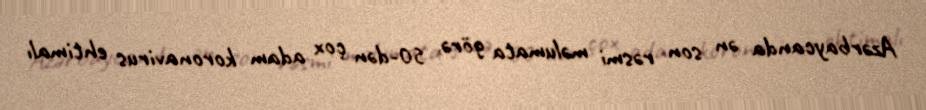
Azərbaycanda ən son rəsmi məlumata görə, 50-dən çox adam koronavirus ehtimalı